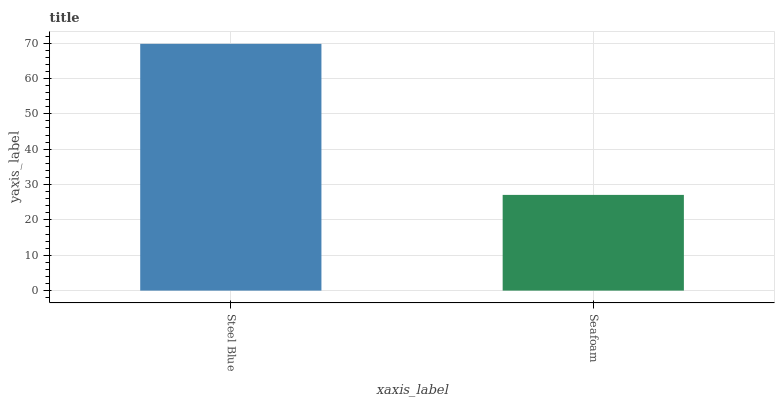
| xaxis_label | bars |
 | --- | --- |
 | Steel Blue | 69.8 |
 | Seafoam | 27.1 |